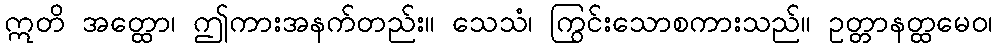
ဣတိ အတ္ထော၊ ဤကားအနက်တည်း။ သေသံ၊ ကြွင်းသောစကားသည်။ ဥတ္တာနတ္ထမေဝ၊